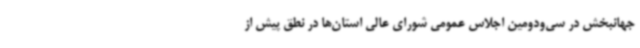
جهانبخش در سی‌ودومین اجلاس عمومی شورای عالی استان‌ها در نطق پیش از